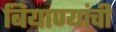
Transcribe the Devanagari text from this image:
बियाण्यांची